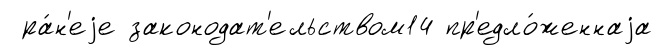
ра́н'еjе законодат'ельством14 пр'едло́женнаjа